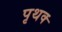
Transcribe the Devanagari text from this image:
पृथक्‍